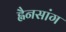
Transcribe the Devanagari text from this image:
ह्वैनसांग